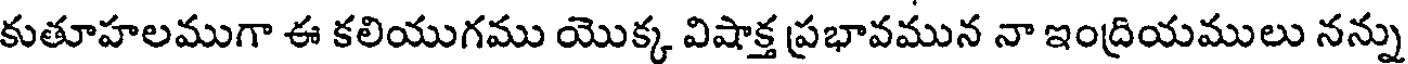
కుతూహలముగా ఈ కలియుగము యొక్క విషాక్త ప్రభావమున నా ఇంద్రియములు నన్ను